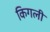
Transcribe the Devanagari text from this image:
किगली